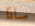
ماذا